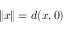
\lVert x \rVert = d ( x , 0 )